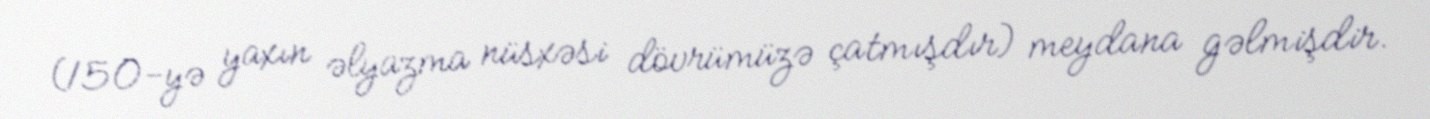
(150-yə yaxın əlyazma nüsxəsi dövrümüzə çatmışdır) meydana gəlmişdir.